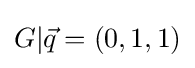
G|{\vec {q}}=(0,1,1)